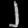
Digit: ၂